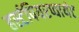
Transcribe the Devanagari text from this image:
हर्स्टपियरप्वायंट